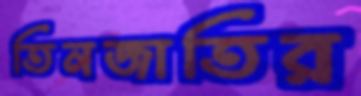
তিনজাতির